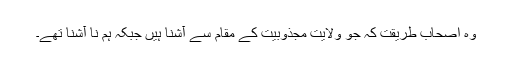
وہ اصحاب طریقت کہ جو ولایت مجذوبیت کے مقام سے آشنا ہیں جبکہ ہم نا آشنا تھے۔